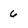
Character: 6